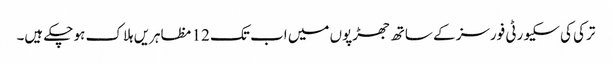
ترکی کی سکیورٹی فورسز کے ساتھ جھڑپوں میں اب تک 12 مظاہریں ہلاک ہو چکے ہیں۔